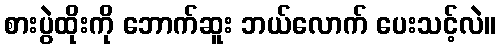
စားပွဲထိုးကို ဘောက်ဆူး ဘယ်လောက် ပေးသင့်လဲ။